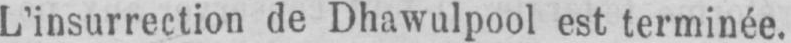
L’insurrection de Dhawulpool est terminée.